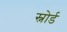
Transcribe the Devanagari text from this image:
स्नोर्ड